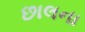
છાલના